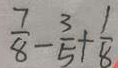
\frac { 7 } { 8 } - \frac { 3 } { 5 } + \frac { 1 } { 8 }